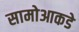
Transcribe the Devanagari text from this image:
सामोआकडे